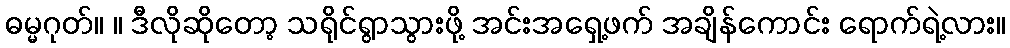
ဓမ္မဂုတ်။ ။ ဒီလိုဆိုတော့ သရိုင်ရွာသွားဖို့ အင်းအရှေ့ဖက် အချိန်ကောင်း ရောက်ရဲ့လား။